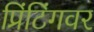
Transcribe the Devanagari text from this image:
प्रिंटिंगवर